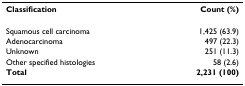
<table><thead><tr><td><b>Classification</b></td><td><b>Count (%)</b></td></tr></thead><tbody><tr><td>Squamous cell carcinoma</td><td>1,425 (63.9)</td></tr><tr><td>Adenocarcinoma</td><td>497 (22.3)</td></tr><tr><td>Unknown</td><td>251 (11.3)</td></tr><tr><td>Other specified histologies</td><td>58 (2.6)</td></tr><tr><td><b>Total</b></td><td><b>2,231 (100)</b></td></tr></tbody></table>